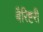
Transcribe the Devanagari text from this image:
बैरिष्टरी